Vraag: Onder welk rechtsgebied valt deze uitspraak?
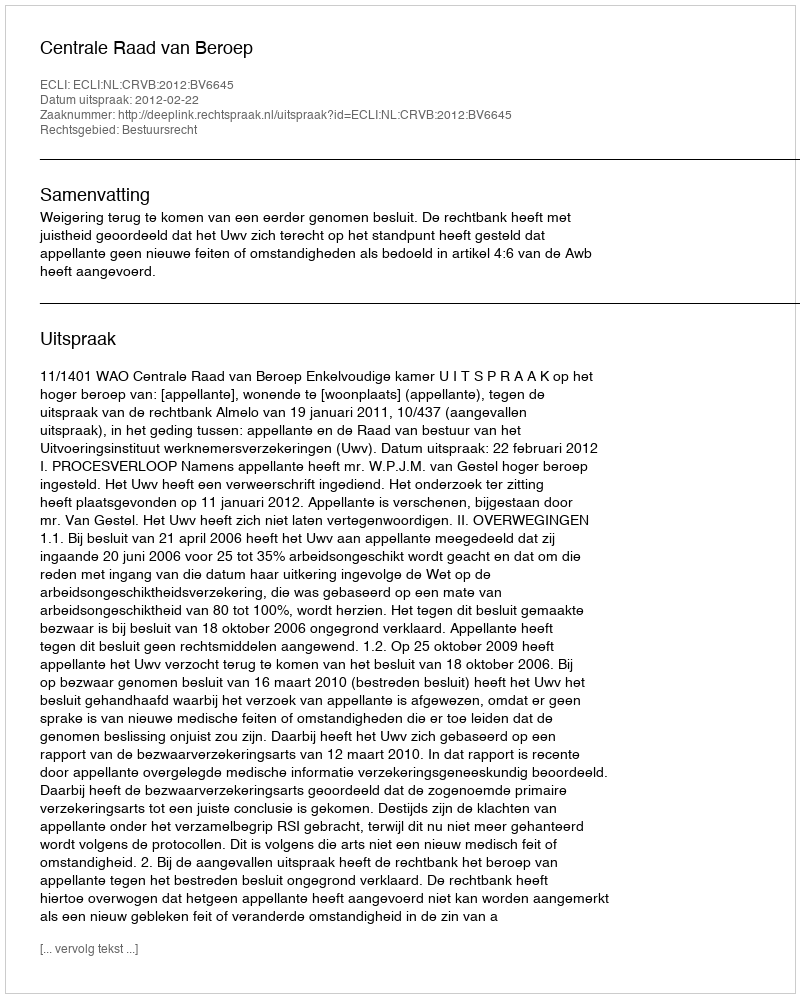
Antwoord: Bestuursrecht